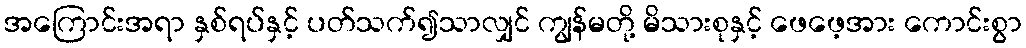
အကြောင်းအရာ နှစ်ရပ်နှင့် ပတ်သက်၍သာလျှင် ကျွန်မတို့ မိသားစုနှင့် ဖေဖေ့အား ကောင်းစွာ